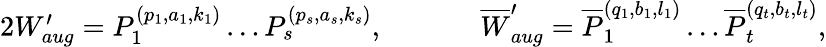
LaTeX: \begin{array}{rlrl}{{2}W_{aug}^{\prime}=P_{1}^{(p_{1},a_{1},k_{1})}\dots P_{s}^{(p_{s},a_{s},k_{s})},\; \; }&{}&&{\overline{{W}}_{aug}^{\prime}=\overline{{P}}_{1}^{(q_{1},b_{1},l_{1})}\dots\overline{{P}}_{t}^{(q_{t},b_{t},l_{t})},}\end{array}